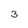
Character: 3